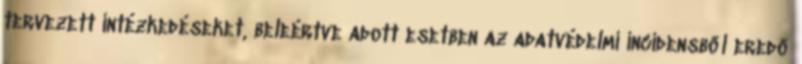
tervezett intézkedéseket, beleértve adott esetben az adatvédelmi incidensből eredő